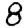
Digit: 8